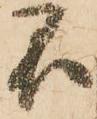
不